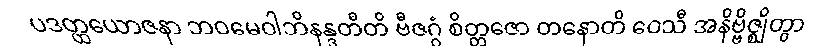
ပဒတ္ထယောဇနာ ဘဝမေဝါဘိနန္ဒတီတိ ဗီဇဂ္ဂံ စိတ္တဇော တနောတိ ဝေသီ အနိဗ္ဗိဇ္ဈိတွာ